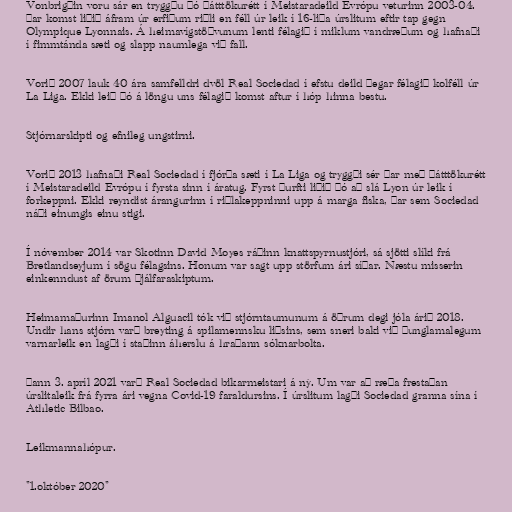
Vonbrigðin voru sár en tryggðu þó þátttökurétt í Meistaradeild Evrópu veturinn 2003-04.
Þar komst liðið áfram úr erfiðum riðli en féll úr leik í 16-liða úrslitum eftir tap gegn
Olympique Lyonnais. Á heimavígstöðvunum lenti félagið í miklum vandræðum og hafnaði
í fimmtánda sæti og slapp naumlega við fall.

Vorið 2007 lauk 40 ára samfelldri dvöl Real Sociedad í efstu deild þegar félagið kolféll úr
La Liga. Ekki leið þó á löngu uns félagið komst aftur í hóp hinna bestu.

Stjórnarskipti og efnileg ungstirni.

Vorið 2013 hafnaði Real Sociedad í fjórða sæti í La Liga og tryggði sér þar með þátttökurétt
í Meistaradeild Evrópu í fyrsta sinn í áratug. Fyrst þurfti liðið þó að slá Lyon úr leik í
forkeppni. Ekki reyndist árangurinn í riðlakeppninni upp á marga fiska, þar sem Sociedad
náði einungis einu stigi.

Í nóvember 2014 var Skotinn David Moyes ráðinn knattspyrnustjóri, sá sjötti slíki frá
Bretlandseyjum í sögu félagsins. Honum var sagt upp störfum ári síðar. Næstu misserin
einkenndust af örum þjálfaraskiptum.

Heimamaðurinn Imanol Alguacil tók við stjórntaumunum á öðrum degi jóla árið 2018.
Undir hans stjórn varð breyting á spilamennsku liðsins, sem sneri baki við þunglamalegum
varnarleik en lagði í staðinn áherslu á hraðann sóknarbolta.

Þann 3. apríl 2021 varð Real Sociedad bikarmeistari á ný. Um var að ræða frestaðan
úrslitaleik frá fyrra ári vegna Covid-19 faraldursins. Í úrslitum lagði Sociedad granna sína í
Athletic Bilbao.

Leikmannahópur.

"1.október 2020"